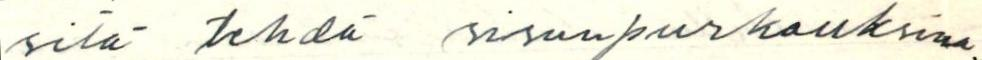
sitä tehdä sisunpurkauksina.